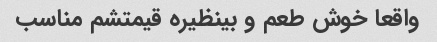
واقعا خوش طعم و بینظیره قیمتشم مناسب